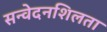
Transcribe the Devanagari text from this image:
सन्वेदनशिलता